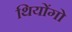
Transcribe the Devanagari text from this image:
थियोंगो